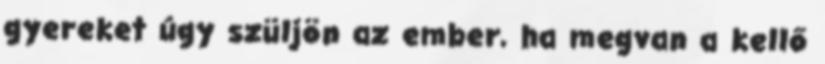
gyereket úgy szüljön az ember, ha megvan a kellő